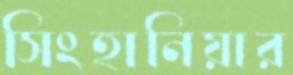
সিংহানিয়ার